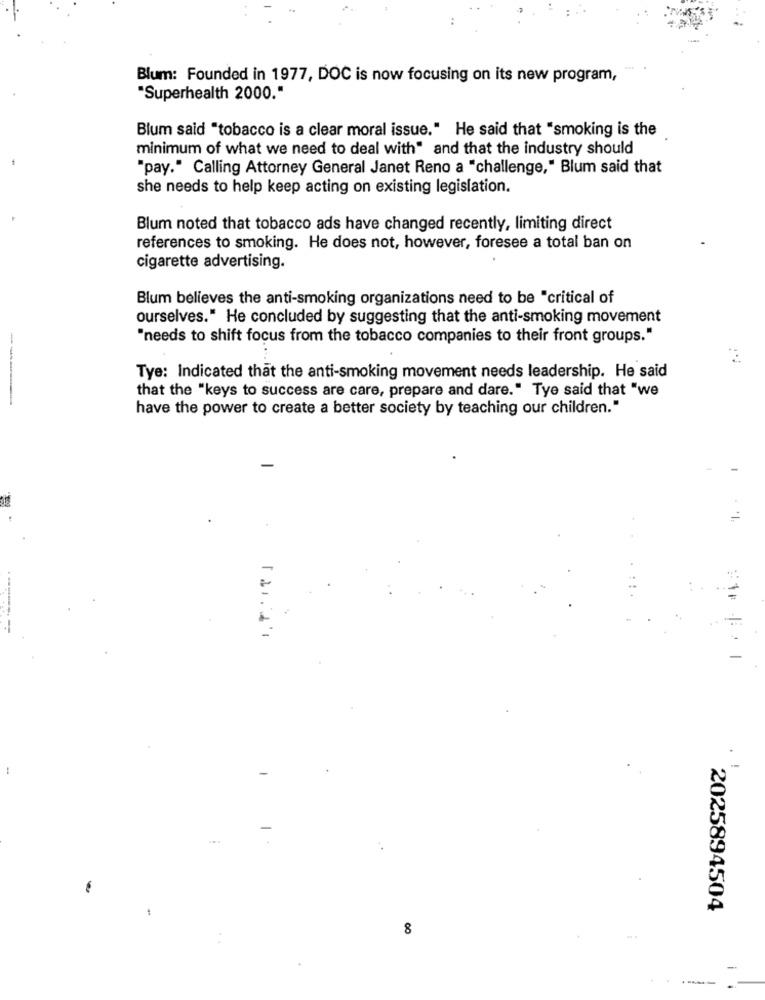
Blum: Founded in 1977, DOC is now focusing on its new program,
"Superhealth 2000."
Blum said "tobacco is a clear moral issue." He said that "smoking is the
minimum of what we need to deal with" and that the industry should
"pay." Calling Attorney General Janet Reno a "challenge," Blum said that
she needs to help keep acting on existing legislation.
Blum noted that tobacco ads have changed recently, limiting direct
references to smoking. He does not, however, foresee a total ban on
cigarette advertising.
Blum believes the anti-smoking organizations need to be "critical of
ourselves." He concluded by suggesting that the anti-smoking movement
"needs to shift focus from the tobacco companies to their front groups."
Tye: Indicated that the anti-smoking movement needs leadership. He said
that the "keys to success are care, prepare and dare." Tye said that "we
have the power to create a better society by teaching our children."
---
-
2025894504
8
-
--- -